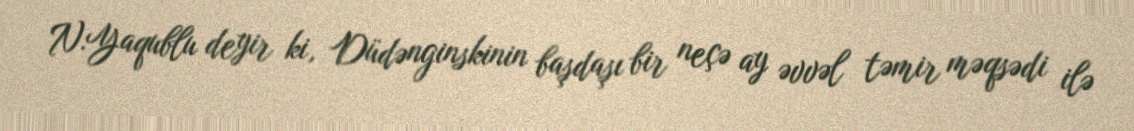
N.Yaqublu deyir ki, Düdənginskinin başdaşı bir neçə ay əvvəl təmir məqsədi ilə